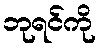
ဘုရင်ကို